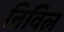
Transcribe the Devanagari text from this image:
निविल